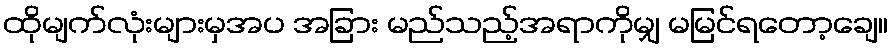
ထိုမျက်လုံးများမှအပ အခြား မည်သည့်အရာကိုမျှ မမြင်ရတော့ချေ။